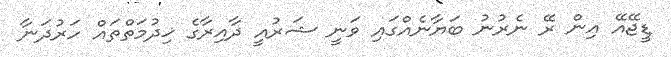
ޑީޖޭއޭ އިން ރޭ ނެރުނު ބަޔާނެއްގައި ވަނީ ޝަރުއީ ދާއިރާގެ ޚިދުމަތްތައް ހަރުދަނާ